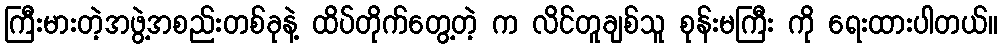
ကြီးမားတဲ့အဖွဲ့အစည်းတစ်ခုနဲ့ ထိပ်တိုက်တွေ့တဲ့ က လိင်တူချစ်သူ စုန်းမကြီး ကို ရေးထားပါတယ်။